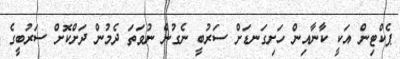
ޕެކްޓިން އަކީ ކާނާއިން ހަށިގަނޑަށް ސަރުބީ ނެގުން ނުވަތަ ދެމުން ދަށްކޮށް ސަރުބީގެ